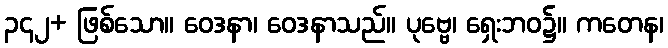
၃၄၂+ ဖြစ်သော။ ဝေဒနာ၊ ဝေဒနာသည်။ ပုဗ္ဗေ၊ ရှေးဘဝ၌။ ကတေန၊